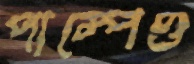
পাম্পেও